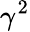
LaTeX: \gamma^{2}